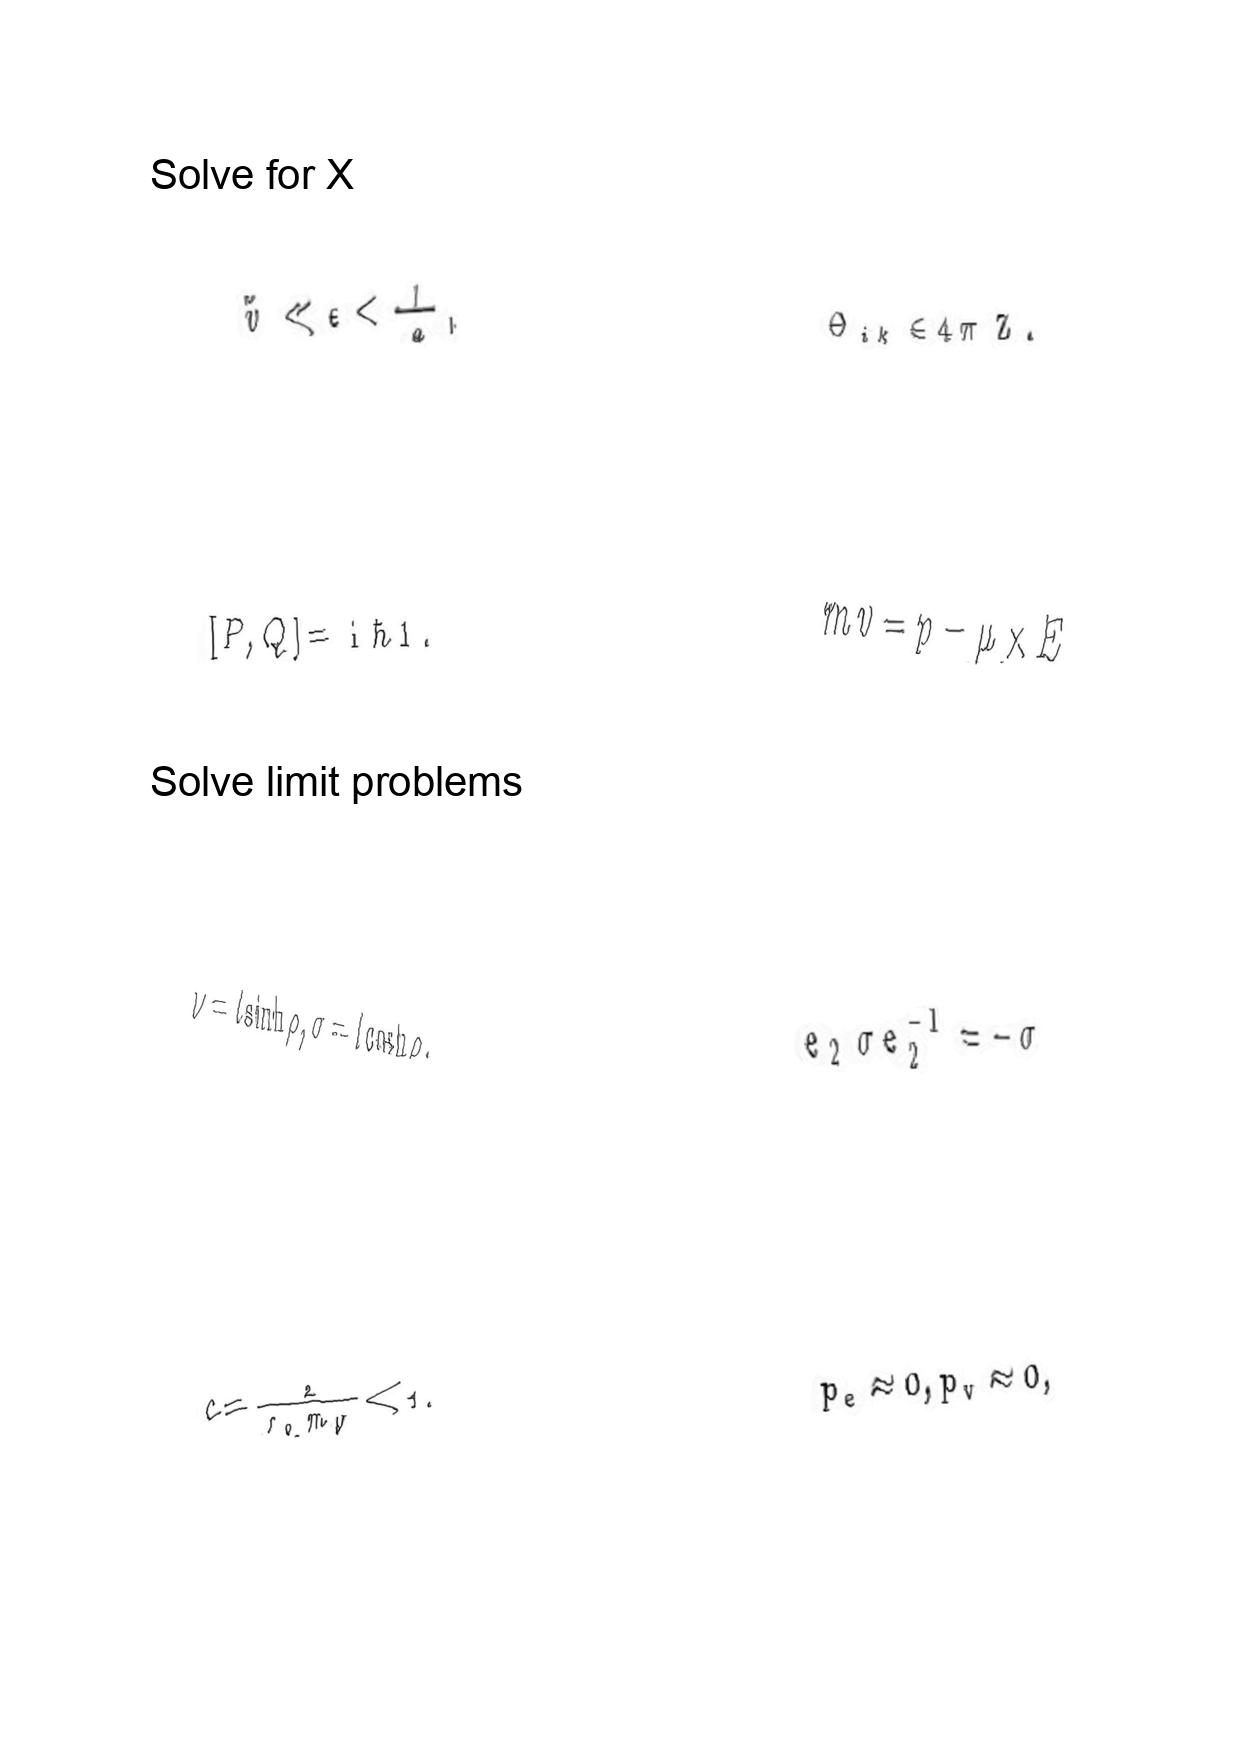
LaTeX transcription:
\tilde { v } \ll \epsilon \lt \frac { 1 } { a } ,
\lbrack P , Q \rbrack = \mathrm { i } \hbar 1 .
\nu = l \sinh \rho , \sigma = l \cosh \rho .
c = \frac { 2 } { r _ { 0 } m _ { W } } \ll 1 .
\Theta _ { i k } \in 4 \pi \mathrm { \space Z } .
m v = p - \mu \times E
e _ { 2 } \sigma e _ { 2 } ^ { - 1 } = - \sigma
p _ { e } \approx 0 , p _ { v } \approx 0 ,